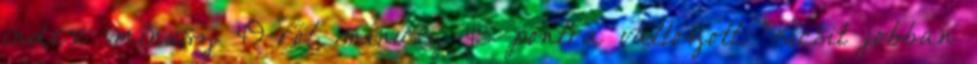
index mínusz 49-ről mínusz 43 pontra változott. Kicsit jobban